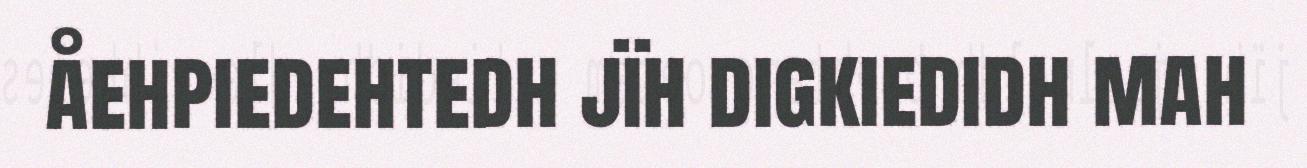
åehpiedehtedh jïh digkiedidh mah